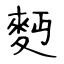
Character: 麪